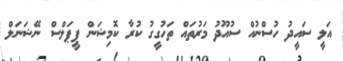
އަލީ ސައީދު ހުސްނުއް ސުއޫދު މަރުތައް ތަހުގީގު ކުރާ ކޮމިޝަން ޕީޕަލްސް ނޭޝަނަލް